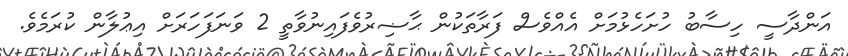
އަންދާސީ ހިސާބު ހުށަހެޅުމަށް އެއްވެސް ފަރާތަކުން ޙާޟިރުވެފައިނުވާތީ 2 ވަނަފަހަރަށް އިޢުލާން ކުރަމެވެ.